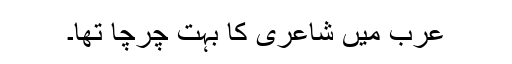
عرب میں شاعری کا بہت چرچا تھا۔